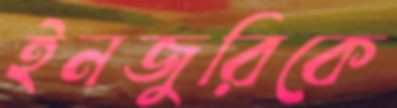
ইনজুরিকে